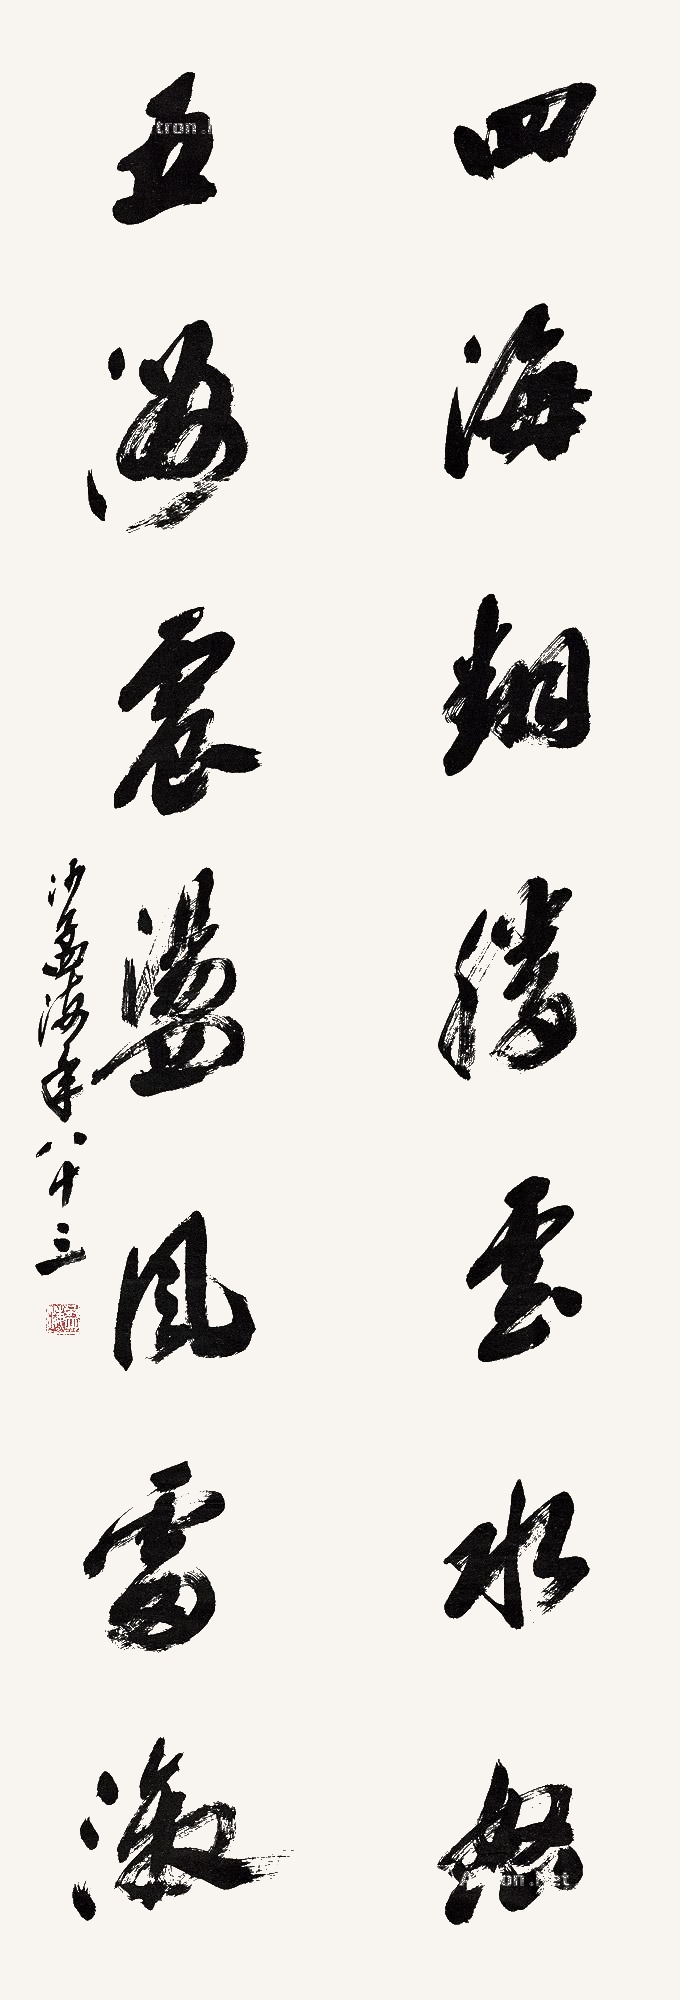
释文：四海翻腾云水怒，五洲震荡风雷激。沙孟海年八十三。